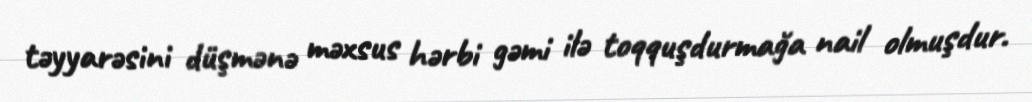
təyyarəsini düşmənə məxsus hərbi gəmi ilə toqquşdurmağa nail olmuşdur.